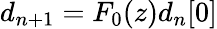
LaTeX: d_{n+1}=F_{0}(z)d_{n}[0]